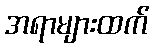
အရာများထက်